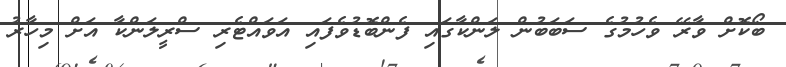
ބޯކޮށް ވާރޭ ވެހުމުގެ ސަބަބުން ލަންކާގައި ފެންބޮޑުވެފައި އަވައްޓެރި ސްރީލަންކާ އަށް މިހާރު